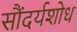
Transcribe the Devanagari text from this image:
सौंदर्यशोध